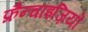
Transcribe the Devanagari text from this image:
फ्रैन्चाइज़ियों